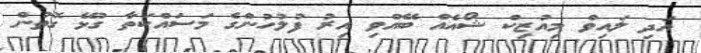
އަދި ލައިވް މިއުޒިކް ޝޯއެއް ބޭއްވި އިރު ފުލުހުންގެ މަސައްކަތާ ގުޅޭ ގޮތުން